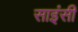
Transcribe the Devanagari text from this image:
साइंसी